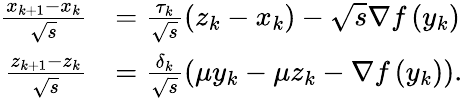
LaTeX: \begin{array}{rl}{\frac{x_{k+1}-x_{k}}{\sqrt{s}}}&{=\frac{\tau_{k}}{\sqrt{s}}\left(z_{k}-x_{k}\right)-\sqrt{s}\nabla f\left(y_{k}\right)}\\ {\frac{z_{k+1}-z_{k}}{\sqrt{s}}}&{=\frac{\delta_{k}}{\sqrt{s}}\left(\mu y_{k}-\mu z_{k}-\nabla f\left(y_{k}\right)\right).}\end{array}